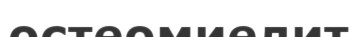
остеомиелит